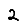
Digit: 2